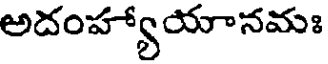
అదంహ్యాయానమః